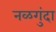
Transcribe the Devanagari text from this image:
नळगुंदा